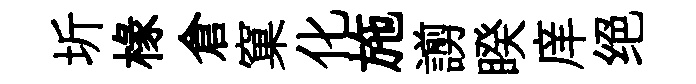
圻椽倉窠化施謭睽庠绝